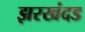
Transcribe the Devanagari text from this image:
झरखंदड